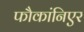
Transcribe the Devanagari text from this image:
फौकांनिएर